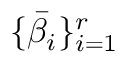
\{ \bar { \beta } _ { i } \} _ { i = 1 } ^ { r }